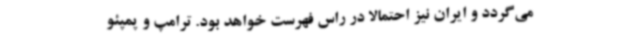
می‌گردد و ایران نیز احتمالا در راس فهرست خواهد بود. ترامپ و پمپئو